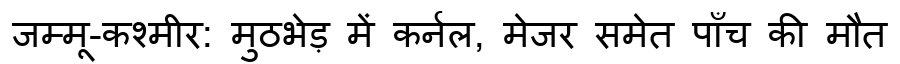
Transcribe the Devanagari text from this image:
जम्मू-कश्मीर: मुठभेड़ में कर्नल, मेजर समेत पाँच की मौत